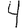
Digit: 4